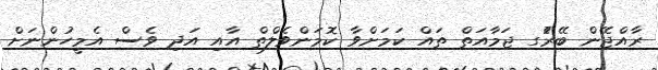
ރާއްޖޭން ބޭރުެގ ޖަމާއަތް ތައް ކަމަށްވާ ކޮމަންވެލްތް އާއި އަދި ވެސް އެމީހުންނަށް